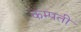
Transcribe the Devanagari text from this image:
कम्पती